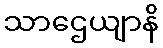
သာဌေယျာနိ